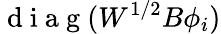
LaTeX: \mathrm{~d~i~a~g~}(W^{1/2}B\phi_{i})